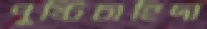
পুষ্টিচাহিদা